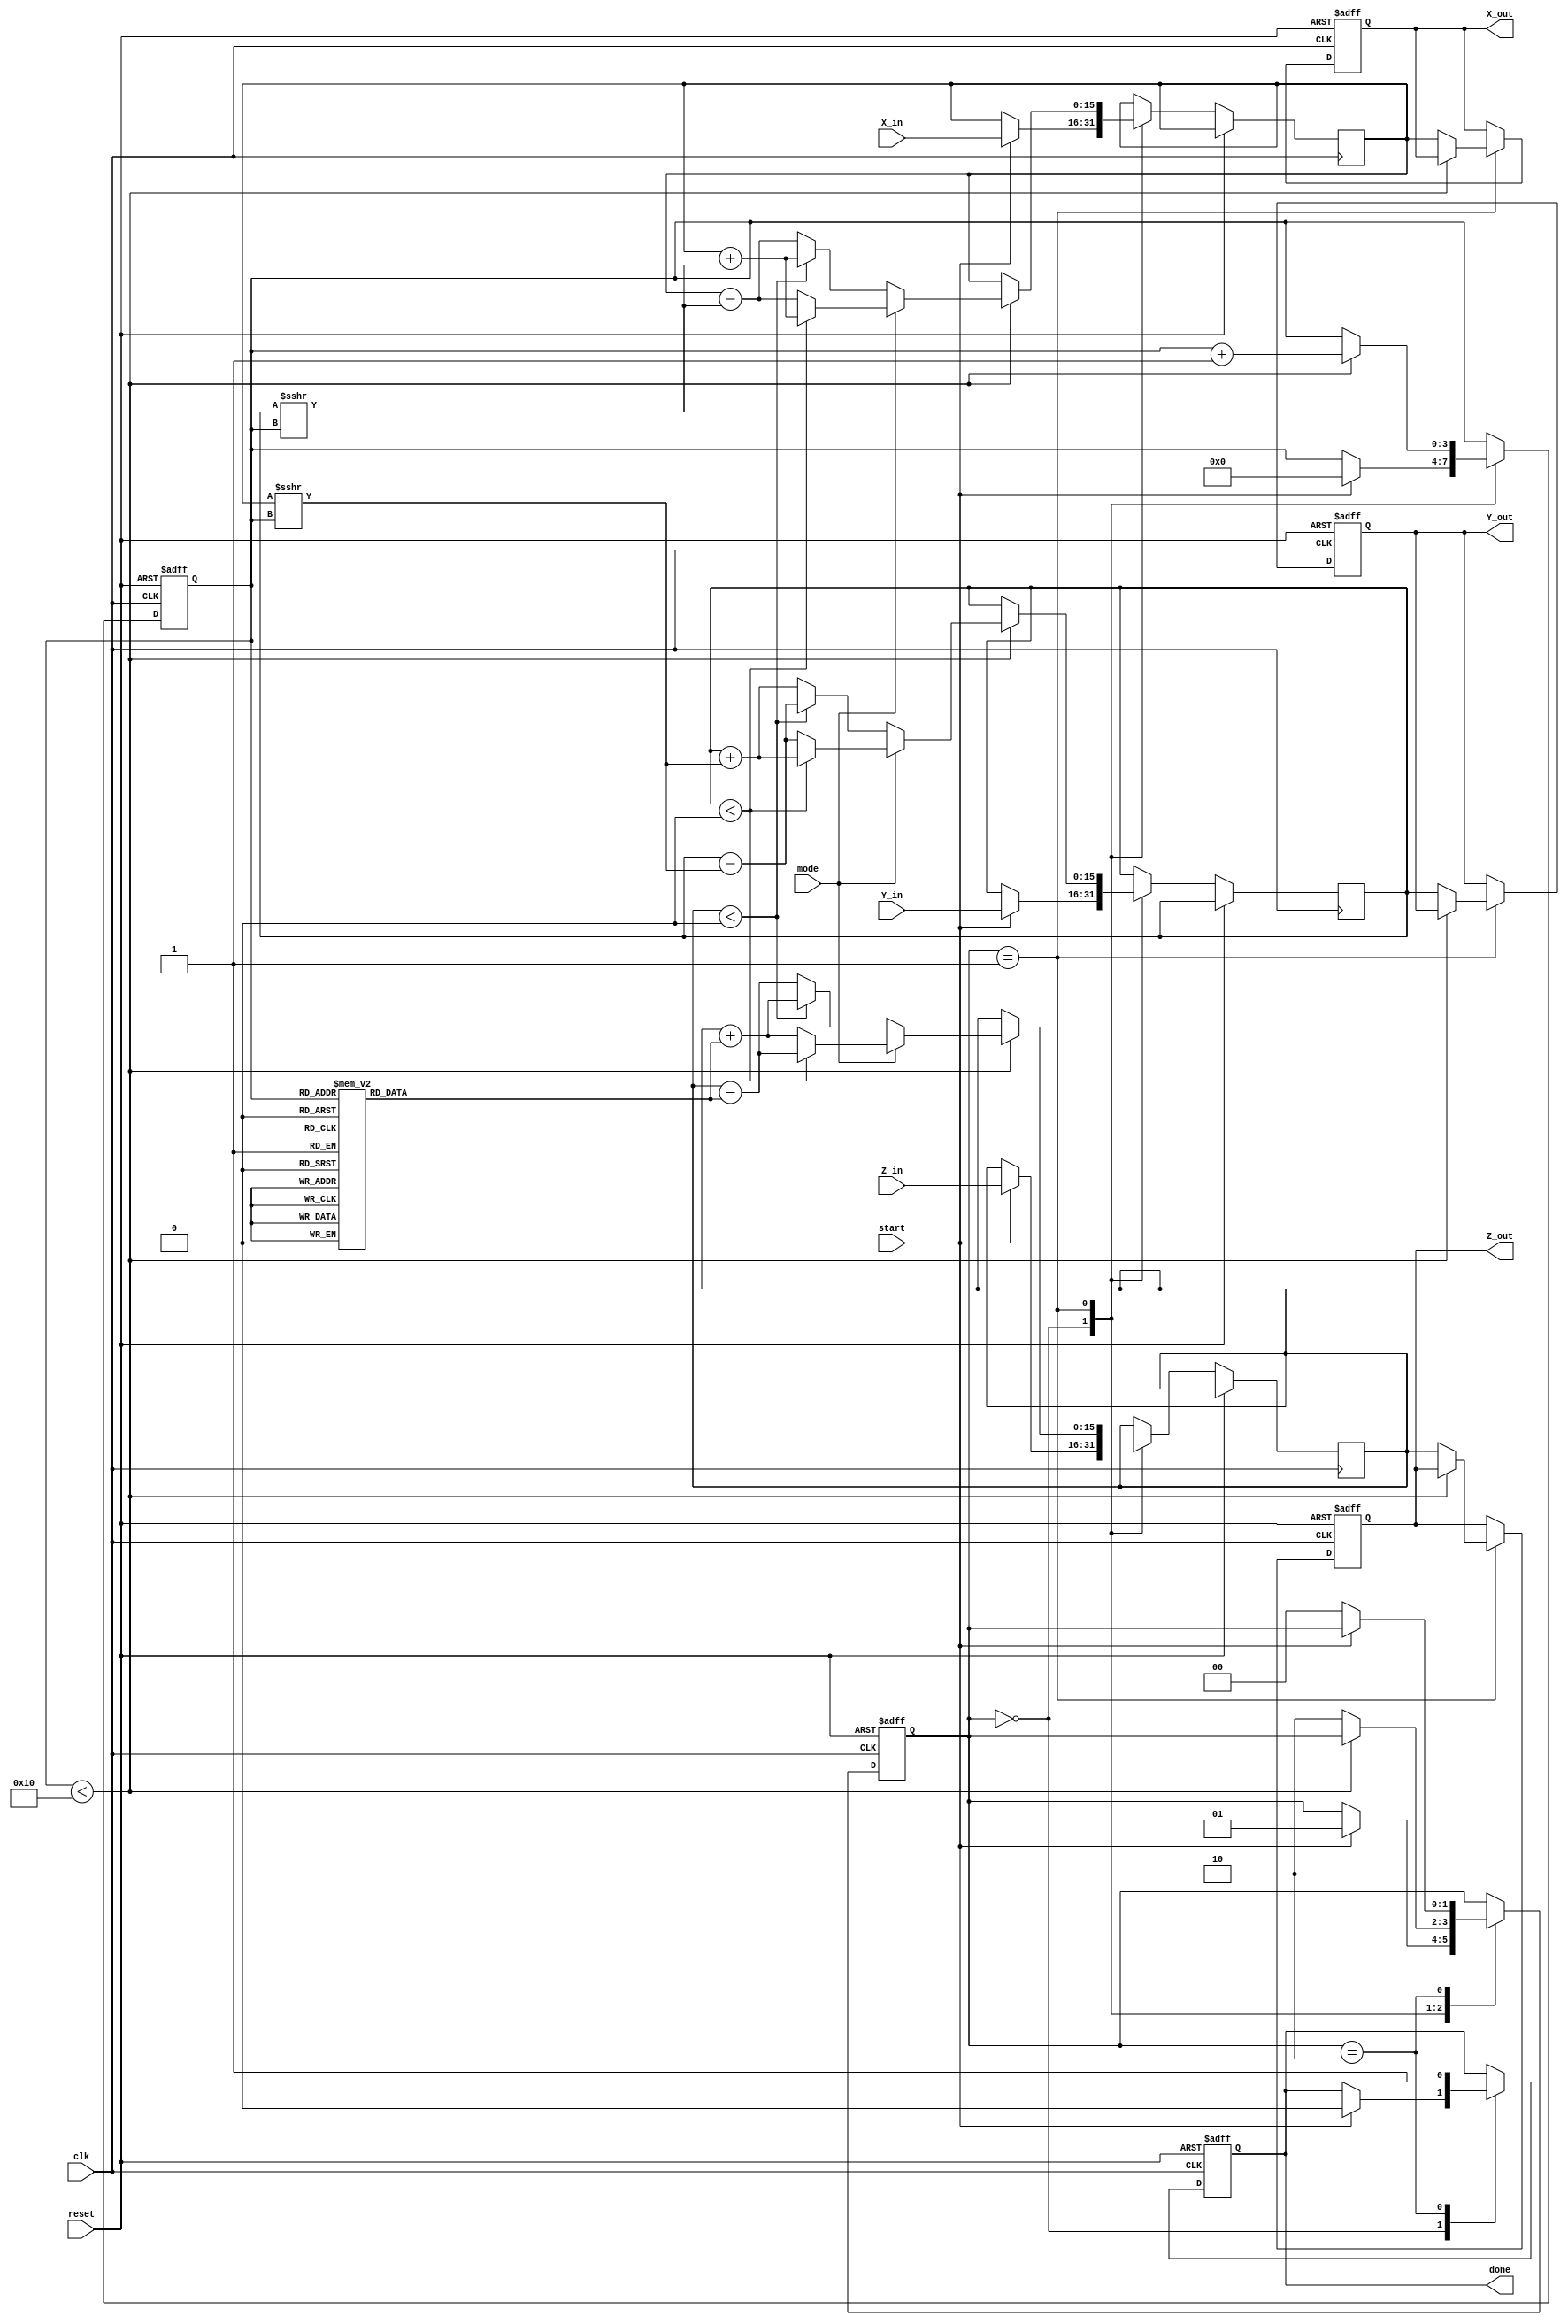
module modified_cordic #(
    parameter WIDTH = 16,          // Bit-width for inputs and outputs
    parameter ITERATIONS = 16      // Number of iterations for precision
)(
    input wire clk,
    input wire reset,
    input wire start,
    input wire mode,               // 0 for rotation, 1 for vectoring
    input wire signed [WIDTH-1:0] X_in,
    input wire signed [WIDTH-1:0] Y_in,
    input wire signed [WIDTH-1:0] Z_in, // Angle input for rotation mode
    output reg signed [WIDTH-1:0] X_out,
    output reg signed [WIDTH-1:0] Y_out,
    output reg signed [WIDTH-1:0] Z_out, // Angle output for vectoring mode
    output reg done
);

    // Internal registers
    reg signed [WIDTH-1:0] X, Y, Z;
    reg [3:0] iteration_count; // Counter for iterations
    reg [1:0] state;           // FSM state
    localparam IDLE = 2'b00, PROCESS = 2'b01, DONE = 2'b10;

    // CORDIC angle lookup table (atan(2^-i) values)
    reg signed [WIDTH-1:0] atan_table [0:ITERATIONS-1];
    initial begin
        // Precomputed atan(2^-i) values (scaled)
        atan_table[0] = 16'h2000; // atan(1) = pi/4
        atan_table[1] = 16'h12D4; // atan(0.5) ~ 0.4636
        atan_table[2] = 16'h09FB; // atan(0.25) ~ 0.2449
        // ... Fill in the rest of the atan values for more iterations
        // atan_table[3] = ...
        // atan_table[4] = ...
        // ...
    end

    // FSM for controlling the CORDIC process
    always @(posedge clk or posedge reset) begin
        if (reset) begin
            state <= IDLE;
            done <= 0;
            iteration_count <= 0;
            X_out <= 0;
            Y_out <= 0;
            Z_out <= 0;
        end else begin
            case (state)
                IDLE: begin
                    if (start) begin
                        X <= X_in;
                        Y <= Y_in;
                        Z <= Z_in;
                        iteration_count <= 0;
                        state <= PROCESS;
                        done <= 0;
                    end
                end
                PROCESS: begin
                    if (iteration_count < ITERATIONS) begin
                        // CORDIC processing
                        if (mode == 0) begin // Rotation mode
                            if (Z < 0) begin
                                X <= X + (Y >>> iteration_count);
                                Y <= Y - (X >>> iteration_count);
                                Z <= Z + atan_table[iteration_count];
                            end else begin
                                X <= X - (Y >>> iteration_count);
                                Y <= Y + (X >>> iteration_count);
                                Z <= Z - atan_table[iteration_count];
                            end
                        end else begin // Vectoring mode
                            if (Y < 0) begin
                                X <= X + (Y >>> iteration_count);
                                Y <= Y + (X >>> iteration_count);
                                Z <= Z - atan_table[iteration_count];
                            end else begin
                                X <= X - (Y >>> iteration_count);
                                Y <= Y - (X >>> iteration_count);
                                Z <= Z + atan_table[iteration_count];
                            end
                        end
                        iteration_count <= iteration_count + 1;
                    end else begin
                        // Output results
                        X_out <= X;
                        Y_out <= Y;
                        Z_out <= Z;
                        state <= DONE;
                    end
                end
                DONE: begin
                    done <= 1;
                    if (!start) begin
                        state <= IDLE; // Reset state when not starting
                    end
                end
            endcase
        end
    end
endmodule